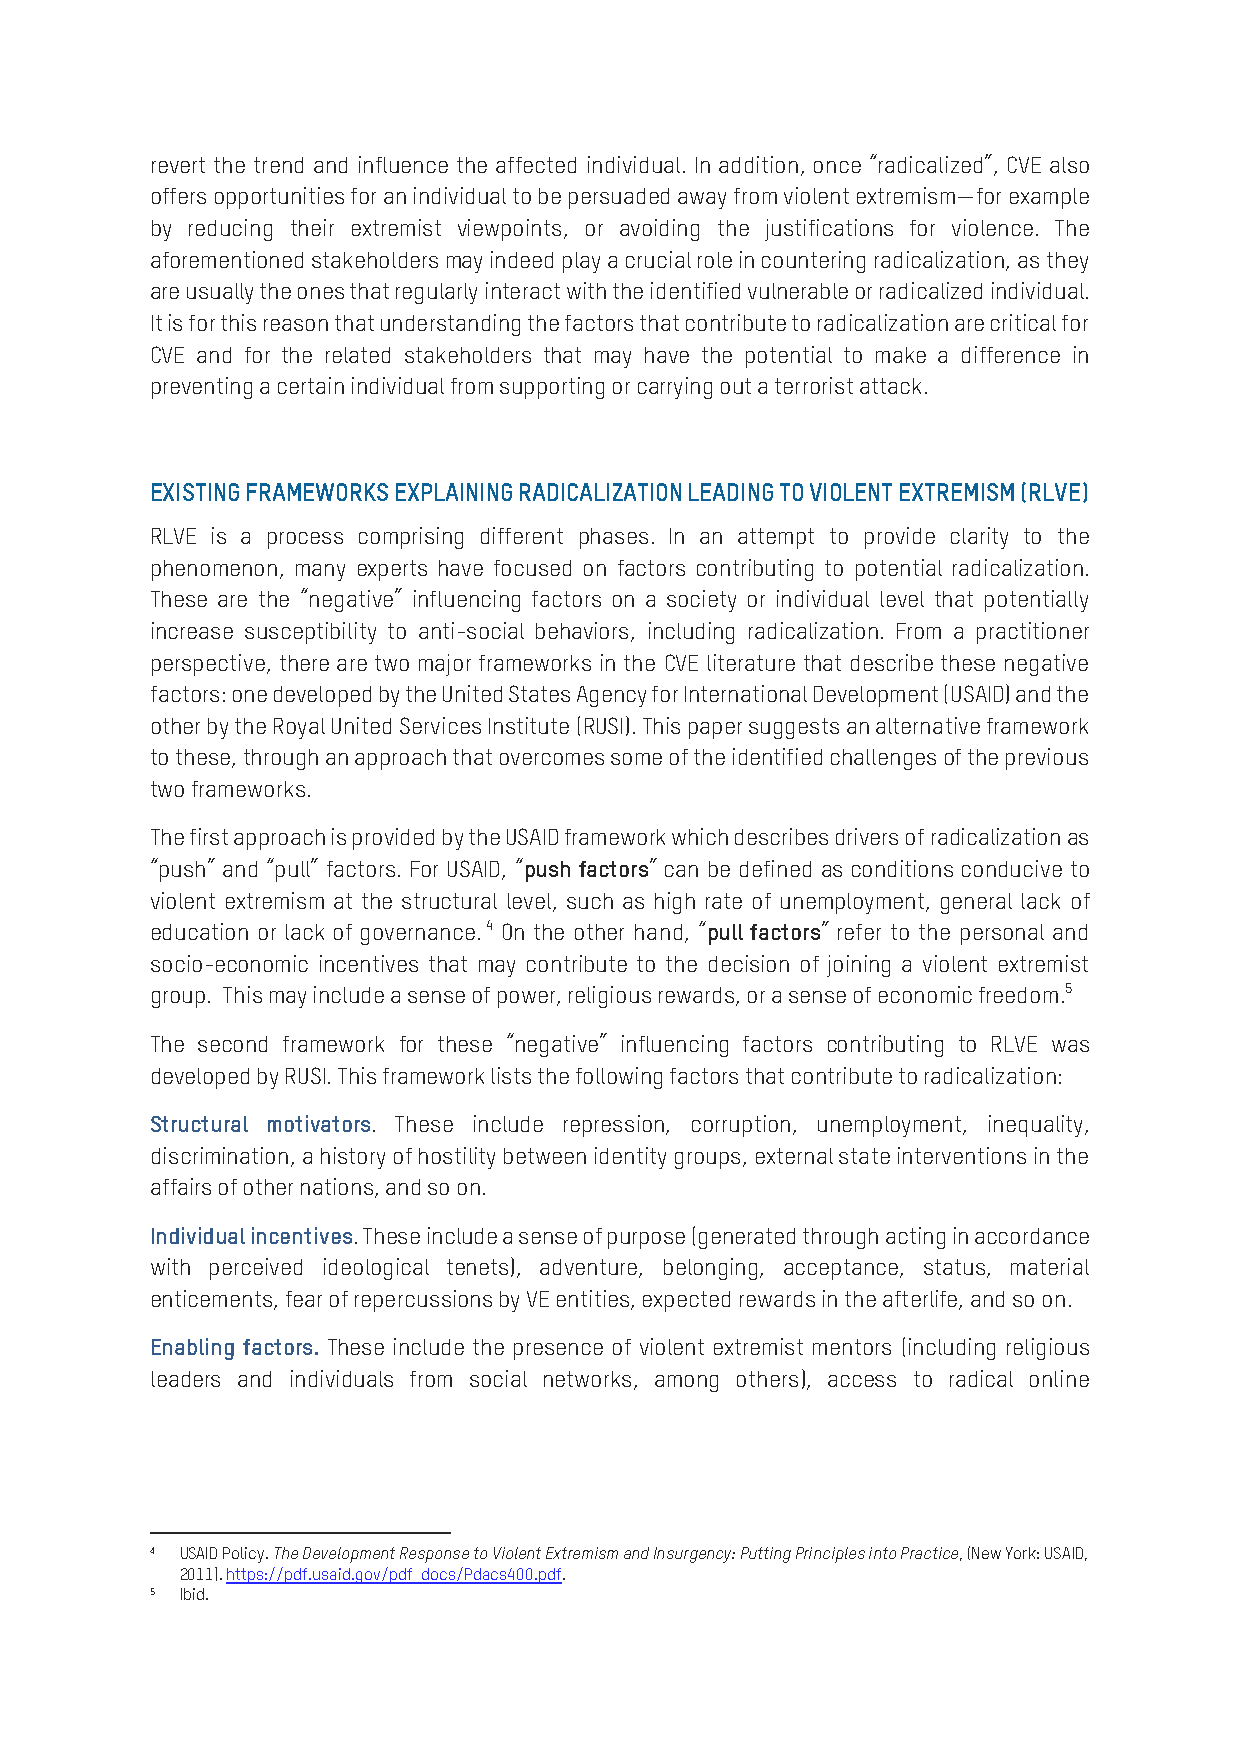
revert the trend and influence the affected individual. In addition, once “radicalized”, CVE also
 offers opportunities for an individual to be persuaded away from violent extremism—for example
 by reducing their extremist viewpoints, or avoiding the justifications for violence. The
 aforementioned stakeholders may indeed play a crucial role in countering radicalization, as they
 are usually the ones that regularly interact with the identified vulnerable or radicalized individual.
 It is for this reason that understanding the factors that contribute to radicalization are critical for
 CVE and for the related stakeholders that may have the potential to make a difference in
 preventing a certain individual from supporting or carrying out a terrorist attack.
 EXISTING FRAMEWORKS EXPLAINING RADICALIZATION LEADING TO VIOLENT EXTREMISM (RLVE)
 RLVE is a process comprising different phases. In an attempt to provide clarity to the
 phenomenon, many experts have focused on factors contributing to potential radicalization.
 These are the “negative” influencing factors on a society or individual level that potentially
 increase susceptibility to anti-social behaviors, including radicalization. From a practitioner
 perspective, there are two major frameworks in the CVE literature that describe these negative
 factors: one developed by the United States Agency for International Development (USAID) and the
 other by the Royal United Services Institute (RUSI). This paper suggests an alternative framework
 to these, through an approach that overcomes some of the identified challenges of the previous
 two frameworks.
 The first approach is provided by the USAID framework which describes drivers of radicalization as
 “push” and “pull” factors. For USAID, “push factors” can be defined as conditions conducive to
 violent extremism at the structural level, such as high rate of unemployment, general lack of
 education or lack of governance. 4 On the other hand, “pull factors” refer to the personal and
 socio-economic incentives that may contribute to the decision of joining a violent extremist
 group. This may include a sense of power, religious rewards, or a sense of economic freedom.5
 The second framework for these “negative” influencing factors contributing to RLVE was
 developed by RUSI. This framework lists the following factors that contribute to radicalization:
 Structural motivators. These include repression, corruption, unemployment, inequality,
 discrimination, a history of hostility between identity groups, external state interventions in the
 affairs of other nations, and so on.
 Individual incentives. These include a sense of purpose (generated through acting in accordance
 with perceived ideological tenets), adventure, belonging, acceptance, status, material
 enticements, fear of repercussions by VE entities, expected rewards in the afterlife, and so on.
 Enabling factors. These include the presence of violent extremist mentors (including religious
 leaders and individuals from social networks, among others), access to radical online
 4 USAID Policy. The Development Response to Violent Extremism and Insurgency: Putting Principles into Practice, (New York: USAID,
 2011). https://pdf.usaid.gov/pdf_docs/Pdacs400.pdf.
 5 Ibid.